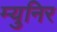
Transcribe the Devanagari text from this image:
म्युनिर